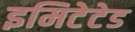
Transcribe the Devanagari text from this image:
इमिटेटेड